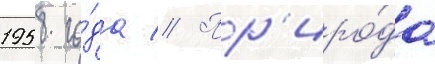
1958 го́да // Пр'иро́да